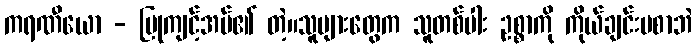
ကရဏီယော - ပြုကျင့်အပ်၏ တဲ့။သူများတွေက သူတစ်ပါး ဥစ္စာကို ကိုယ်ချင်းမစာဘဲ